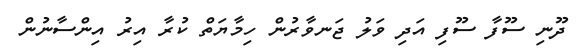
ދޫނި ސޫފާ ސޫފި އަދި ވަލު ޖަނވާރުން ހިމާޔަތް ކުރާ އިރު އިންސާނުން